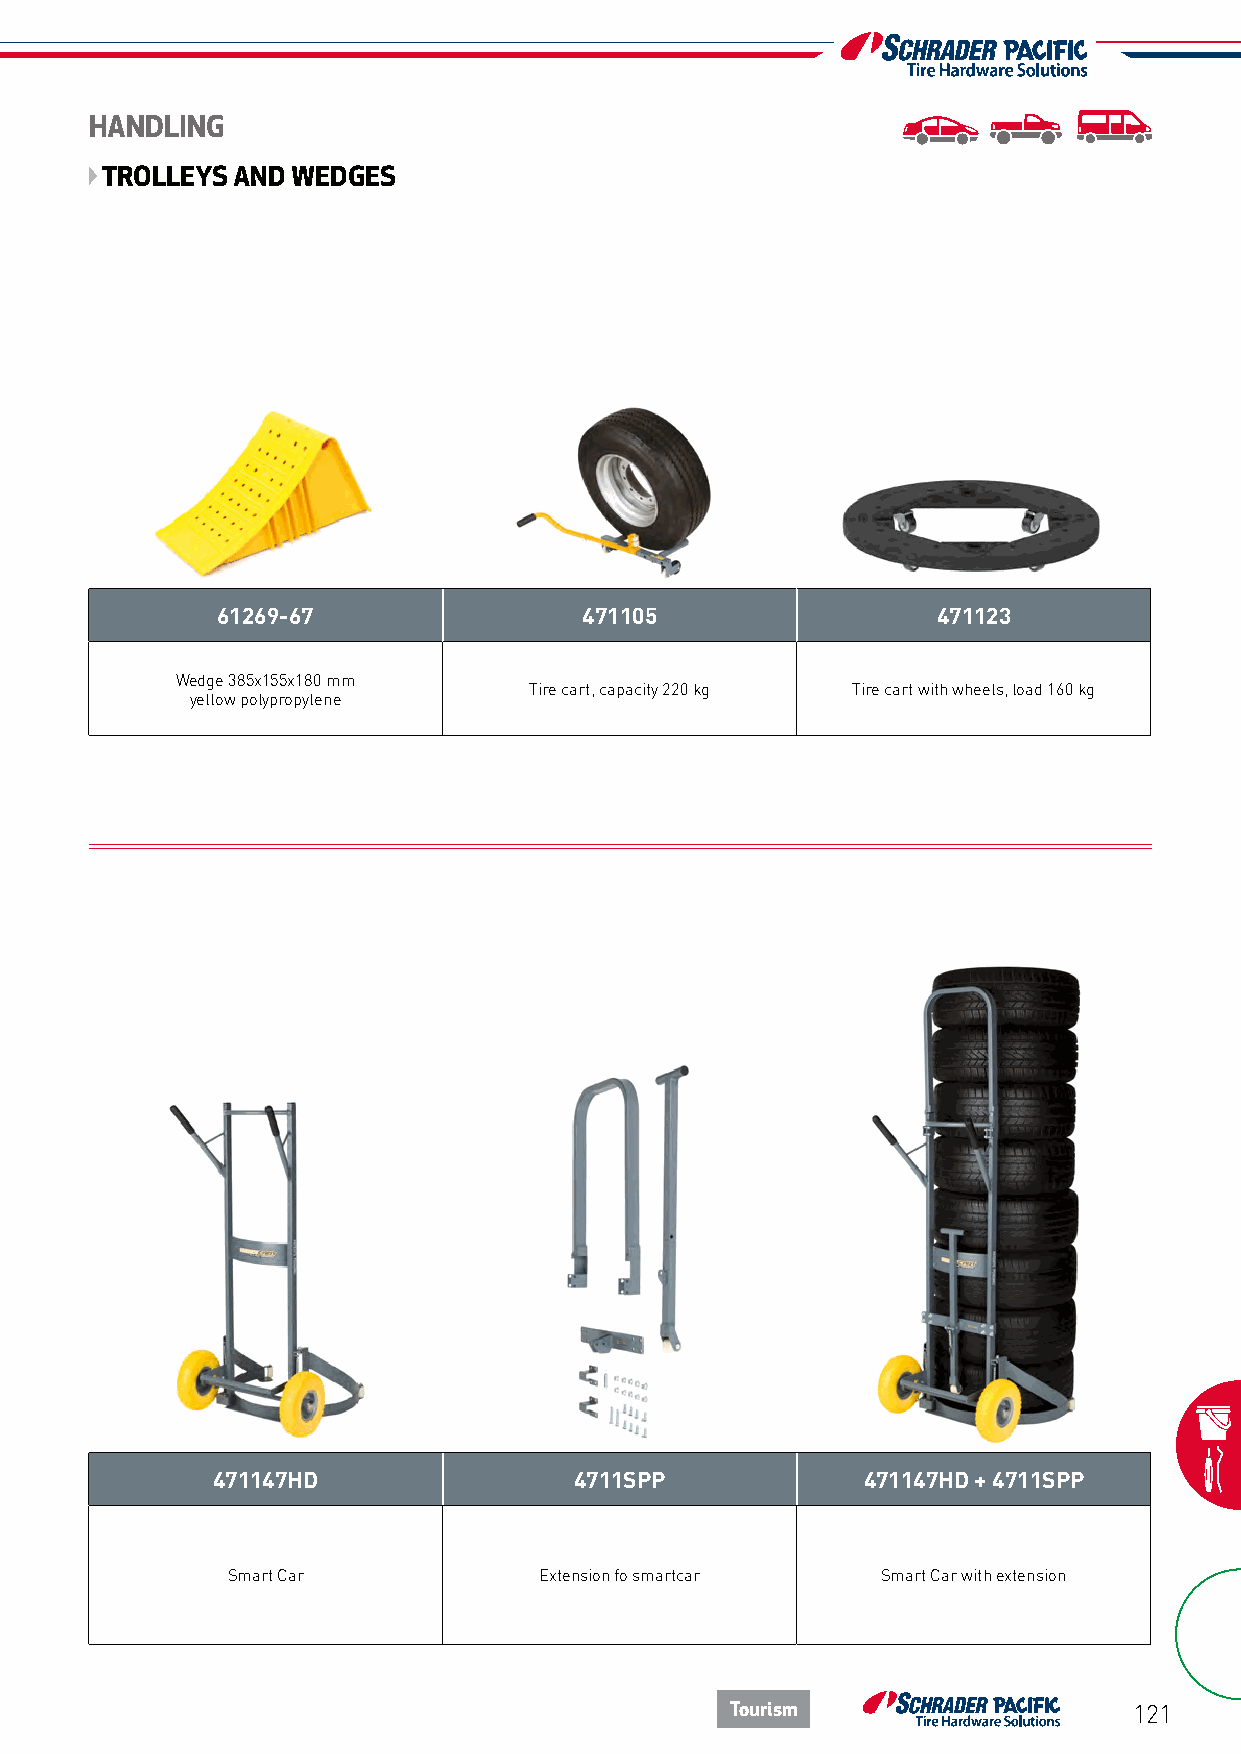
HANDLING
 TROLLEYS AND WEDGES
 61269-67                 471105                 471123
 Wedge 385x155x180 mm
 Tire cart, capacity 220 kg Tire cart with wheels, load 160 kg
 yellow polypropylene
 471147HD                4711SPP            471147HD + 4711SPP
 Smart Car            Extension fo smartcar Smart Car with extension
 Tourism                    121